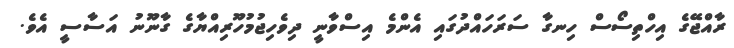
ރާއްޖޭގެ އިހްތިސޯސް ހިނގާ ސަރަހައްދުގައި އެންމެ އިސްވާނީ ދިވެހިޖުމުހޫރިއްޔާގެ ގާނޫނު އަސާސީ އެވެ.